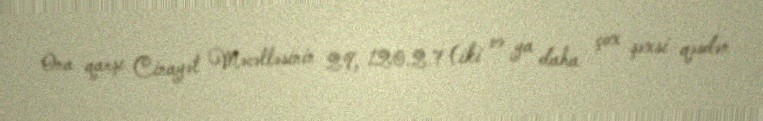
Ona qarşı Cinayət Məcəlləsinin 29, 120.2.7 (iki və ya daha çox şəxsi qəsdən